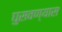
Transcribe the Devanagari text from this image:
घुसवण्यास